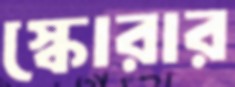
স্কোরার